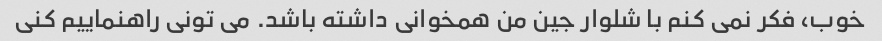
خوب، فکر نمی کنم با شلوار جین من همخوانی داشته باشد. می تونی راهنماییم کنی